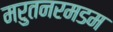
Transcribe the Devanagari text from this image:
मरुतनरमडम